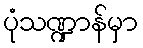
ပုံသဏ္ဍာန်မှာ